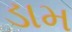
ડામ